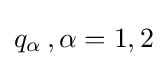
{\textstyle q_{\alpha }\,,\alpha =1,2}